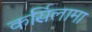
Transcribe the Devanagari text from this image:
कर्सिलामा